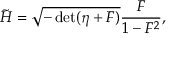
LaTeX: { \tilde { H } } = \sqrt { - \operatorname * { d e t } ( \eta + { \cal F } ) } \frac { { \cal F } } { 1 - { \cal F } ^ { 2 } } ,